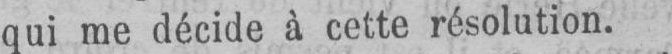
qui me décide à cette résolution.